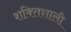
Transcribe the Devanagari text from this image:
शक्‍ितशाली